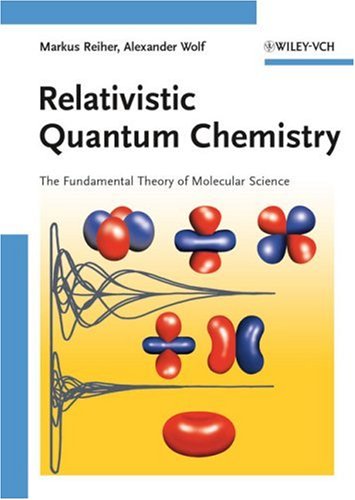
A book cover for Relativistic Quantum Chemistry: The Fundamental Theory of Molecular Science; Markus Reiher; Science & Math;